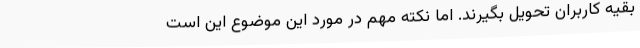
بقیه کاربران تحویل بگیرند. اما نکته مهم در مورد این موضوع این است